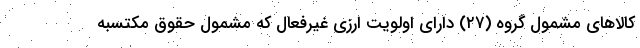
کالاهای مشمول گروه (۲۷) دارای اولویت ارزی غیرفعال که مشمول حقوق مکتسبه